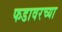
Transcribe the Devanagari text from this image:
फडावरच्या